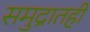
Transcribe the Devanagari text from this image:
समुद्रातही